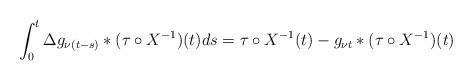
LaTeX: \begin{align*}\begin{gathered}\int_0 ^t \Delta g_{\nu (t-s) }*( \tau \circ X^{-1} )(t) ds = \tau \circ X^{-1} (t) - g_{\nu t} * (\tau \circ X^{-1}) (t)\end{gathered}\end{align*}